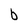
Character: b